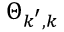
\Theta _ { \boldsymbol { k } ^ { \prime } , \boldsymbol { k } }